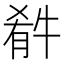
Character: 𤚁